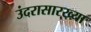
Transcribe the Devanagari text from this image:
उंदरासारख्या